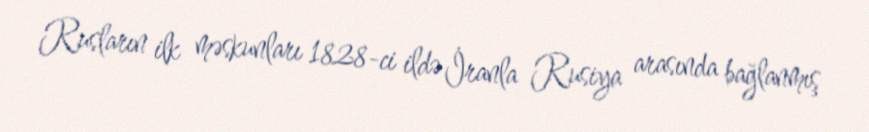
Rusların ilk məskunları 1828-ci ildə İranla Rusiya arasında bağlanmış